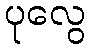
ပုလွေ